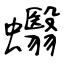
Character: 蠮